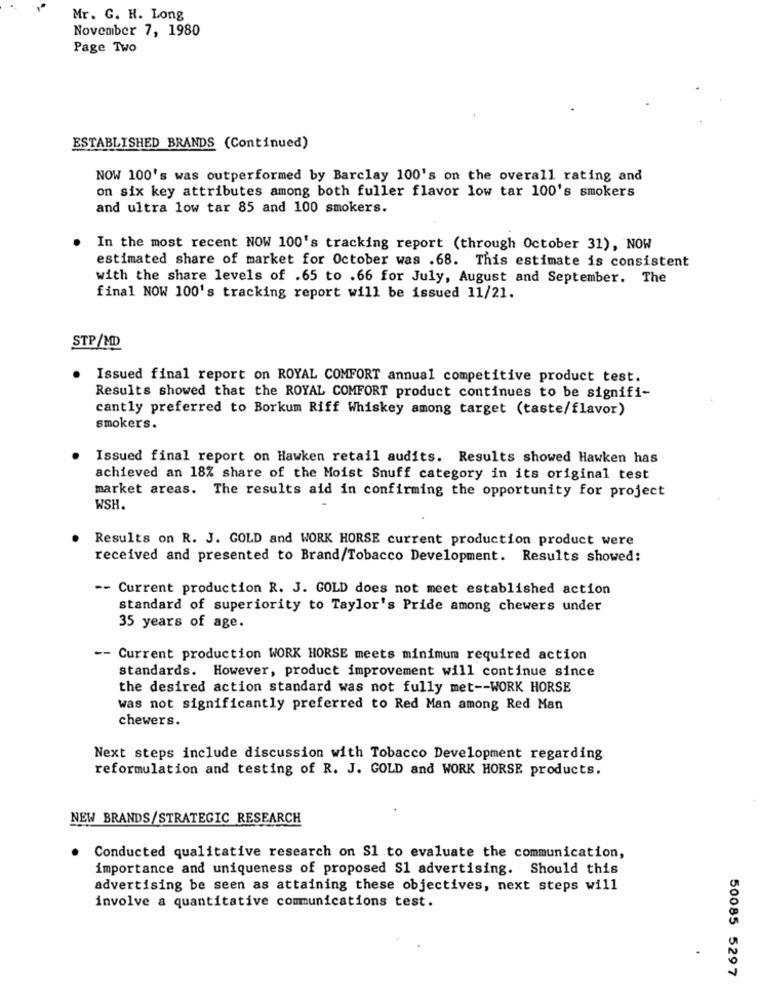
Mr. G. H. Long
November 7, 1980
Page Two
ESTABLISHED BRANDS (Continued)
NOW 100's was outperformed by Barclay 100's on the overall rating and
on six key attributes among both fuller flavor low tar 100's smokers
and ultra low tar 85 and 100 smokers.
In the most recent NOW 100's tracking report (through October 31), NOW
estimated share of market for October was .68. This estimate is consistent
with the share levels of .65 to .66 for July, August and September. The
final NOW 100's tracking report will be issued 11/21.
STP/MD
Issued final report on ROYAL COMFORT annual competitive product test.
Results showed that the ROYAL COMFORT product continues to be signifi-
cantly preferred to Borkum Riff Whiskey among target (taste/flavor)
smokers.
Issued final report on Hawken retail audits. Results showed Hawken has
achieved an 18% share of the Moist Snuff category in its original test
market areas. The results aid in confirming the opportunity for project
WSH.
Results on R. J. GOLD and WORK HORSE current production product were
received and presented to Brand/Tobacco Development. Results showed:
-- Current production R. J. GOLD does not meet established action
standard of superiority to Taylor's Pride among chewers under
35 years of age.
-- Current production WORK HORSE meets minimum required action
standards. However, product improvement will continue since
the desired action standard was not fully met -- WORK HORSE
was not significantly preferred to Red Man among Red Man
chewers.
Next steps include discussion with Tobacco Development regarding
reformulation and testing of R. J. GOLD and WORK HORSE products.
NEW BRANDS/STRATEGIC RESEARCH
Conducted qualitative research on Sl to evaluate the communication,
importance and uniqueness of proposed Sl advertising. Should this
advertising be seen as attaining these objectives, next steps will
involve a quantitative communications test.
50085 5297